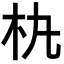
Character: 𣏒